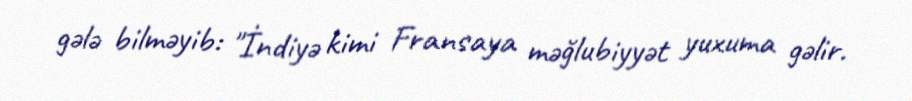
gələ bilməyib: "İndiyə kimi Fransaya məğlubiyyət yuxuma gəlir.